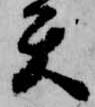
矢